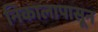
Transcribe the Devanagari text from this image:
निकालापासून